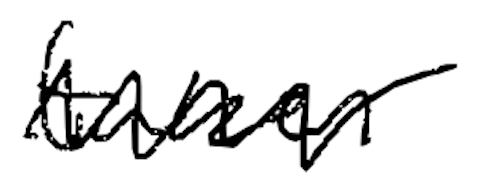
Text: taken
Cross-out: zig-zag
Writing tool: digital_black